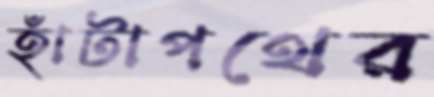
হাঁটাপথের